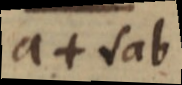
a + √ab